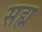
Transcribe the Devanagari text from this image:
सह्म